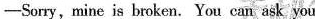
-Sorry,mine is broken. You can ask your